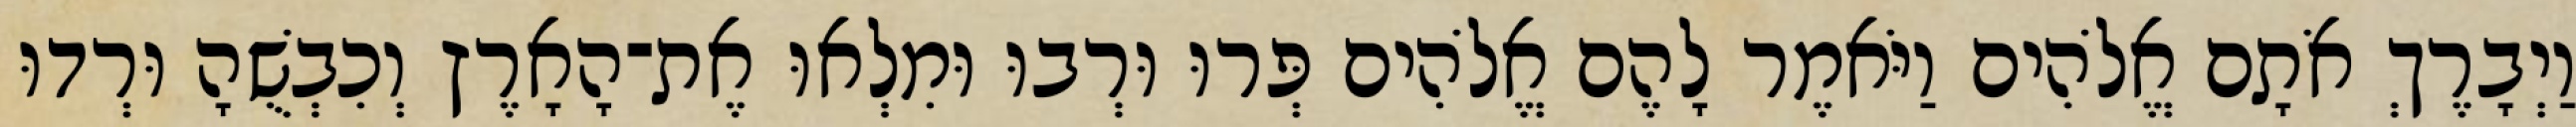
וַיְבָרֶךְ אֹתָם אֱלֹהִים וַיֹּאמֶר לָהֶם אֱלֹהִים פְּרוּ וּרְבוּ וּמִלְאוּ אֶת־הָאָרֶץ וְכִבְשֻׁהָ וּרְדוּ